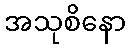
အသုစိနော